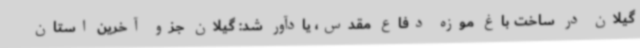
گیلان در ساخت باغ موزه دفاع مقدس، یادآور شد: گیلان جزو آخرین استان